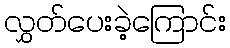
လွှတ်ပေးခဲ့ကြောင်း